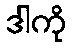
ဒါကို